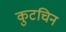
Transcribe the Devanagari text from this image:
कुटचिन